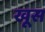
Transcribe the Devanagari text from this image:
खूस